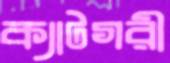
ক্যাটগরী